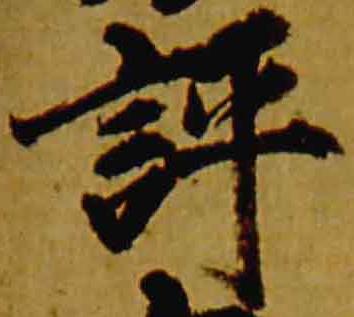
評